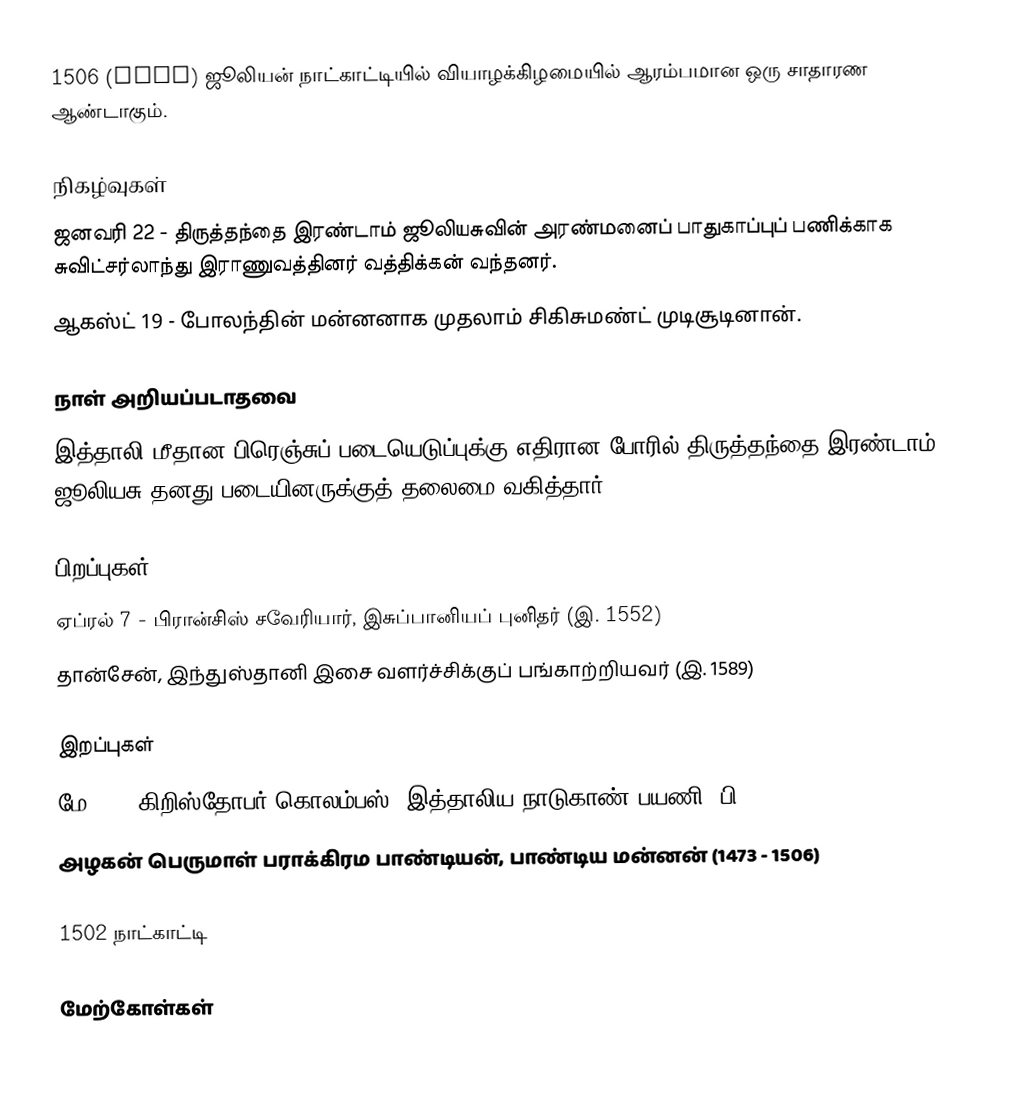
1506 (MDVI) ஜூலியன் நாட்காட்டியில் வியாழக்கிழமையில் ஆரம்பமான ஒரு சாதாரண ஆண்டாகும்.

நிகழ்வுகள்
 ஜனவரி 22 - திருத்தந்தை இரண்டாம் ஜூலியசுவின் அரண்மனைப் பாதுகாப்புப் பணிக்காக சுவிட்சர்லாந்து இராணுவத்தினர் வத்திக்கன் வந்தனர்.
 ஆகஸ்ட் 19 - போலந்தின் மன்னனாக முதலாம் சிகிசுமண்ட் முடிசூடினான்.

நாள் அறியப்படாதவை
 இத்தாலி மீதான பிரெஞ்சுப் படையெடுப்புக்கு எதிரான போரில் திருத்தந்தை இரண்டாம் ஜூலியசு தனது படையினருக்குத் தலைமை வகித்தார்.

பிறப்புகள்
 ஏப்ரல் 7 - பிரான்சிஸ் சவேரியார், இசுப்பானியப் புனிதர் (இ. 1552)
 தான்சேன், இந்துஸ்தானி இசை வளர்ச்சிக்குப் பங்காற்றியவர் (இ. 1589)

இறப்புகள்
 மே 20 - கிறிஸ்தோபர் கொலம்பஸ், இத்தாலிய நாடுகாண் பயணி (பி. 1451)
 அழகன் பெருமாள் பராக்கிரம பாண்டியன், பாண்டிய மன்னன் (1473 - 1506)

1502 நாட்காட்டி

மேற்கோள்கள்